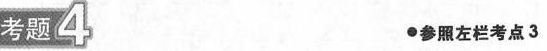
考题4 ●参照左栏考点3